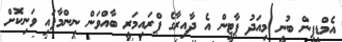
އެމްޑީޕީން ބުނީ މިއަދު ޕާޓީން އެ ދާއިރާގެ ޕްރައިމަރީ ބާއްވަން ނިންމާފައި ވަނިކޮށް